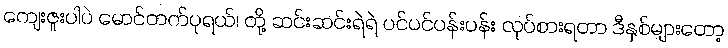
ကျေးဇူးပါပဲ မောင်တက်ပုရယ်၊ တို့ ဆင်းဆင်းရဲရဲ ပင်ပင်ပန်းပန်း လုပ်စားရတာ ဒီနှစ်များတော့